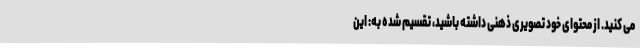
می کنید. از محتوای خود تصویری ذهنی داشته باشید، تقسیم شده به: این